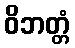
ဝိဘတ္တံ